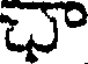
చా